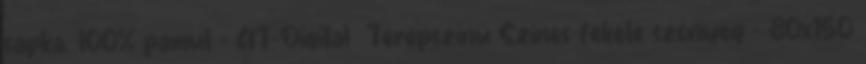
sapka, 100% pamut - AT-Digital Terepszínű Színes-fekete szőnyeg - 80x150